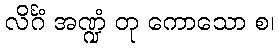
လိင်္ဂံ အဏ္ဍံ တု ကောသော စ၊